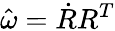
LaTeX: \hat{\omega}=\dot{R}R^{T}